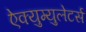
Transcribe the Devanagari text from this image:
ऐक्युम्युलेटर्स